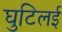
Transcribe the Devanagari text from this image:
घुटिलई